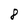
Character: 8